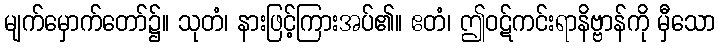
မျက်မှောက်တော်၌။ သုတံ၊ နားဖြင့်ကြားအပ်၏။ ဧတံ၊ ဤဝဋ်ကင်းရာနိဗ္ဗာန်ကို မှီသော